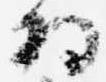
将